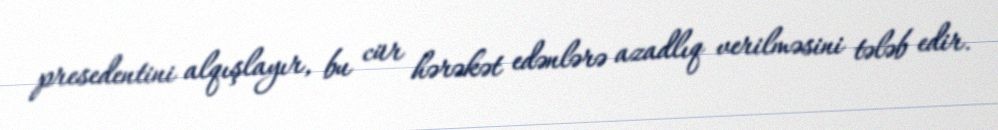
presedentini alqışlayır, bu cür hərəkət edənlərə azadlıq verilməsini tələb edir.